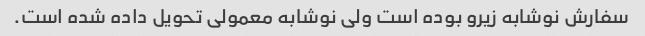
سفارش نوشابه زیرو بوده است ولی نوشابه معمولی تحویل داده شده است.